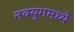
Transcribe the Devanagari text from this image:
नवयुगमध्ये